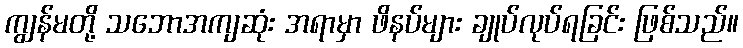
ကျွန်မတို့ သဘောအကျဆုံး အရာမှာ ဖိနပ်များ ချုပ်လုပ်ရခြင်း ဖြစ်သည်။